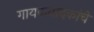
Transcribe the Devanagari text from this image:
गायकवादकांचे